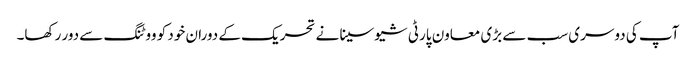
آپ کی دوسری سب سے بڑی معاون پارٹی شیوسینا نے تحریک کے دوران خود کو ووٹنگ سے دور رکھا۔